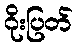
ဂိုးပြတ်